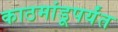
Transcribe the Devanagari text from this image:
काठमांडूपर्यंत